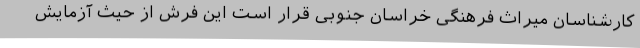
کارشناسان میراث فرهنگی خراسان جنوبی قرار است این فرش از حیث آزمایش